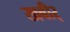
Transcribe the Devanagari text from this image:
खबीर्